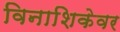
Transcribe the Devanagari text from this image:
विनाशिकेवर